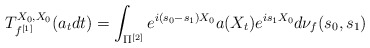
\begin{align*}T_{f^{[1]}}^{X_0,X_0}(a_tdt) = \int_{\Pi^{[2]}}e^{i(s_0-s_1)X_0} a(X_t)e^{is_1X_0}d\nu_f(s_0,s_1)\end{align*}